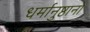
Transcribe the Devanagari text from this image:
धर्मानुष्ठानों